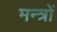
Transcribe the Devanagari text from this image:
मन्त्राें